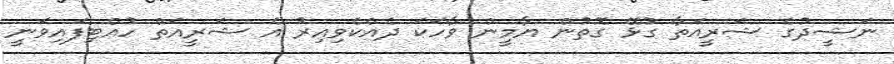
ނަޝީދުގެ ޝަރީއަތާ ގުޅޭ ގޮތުން ޔާމީން ވާހަކަ ދެއްކެވިއިރު އެ ޝަރީއަތް ހުއްޓިފައިވަނީ